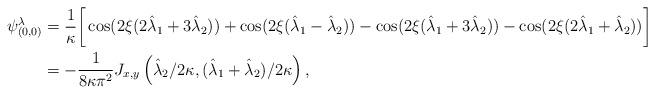
LaTeX: \begin{align*}\psi^{\lambda}_{(0,0)} & = \frac{1}{\kappa} \bigg[ \cos(2\xi(2\hat{\lambda}_1+3\hat{\lambda}_2)) + \cos(2\xi(\hat{\lambda}_1-\hat{\lambda}_2)) - \cos(2\xi(\hat{\lambda}_1+3\hat{\lambda}_2)) - \cos(2\xi(2\hat{\lambda}_1+\hat{\lambda}_2)) \bigg] \\& = - \frac{1}{8 \kappa \pi^2} J_{x,y} \left( \hat{\lambda}_2/2\kappa, (\hat{\lambda}_1+\hat{\lambda}_2)/2\kappa \right), \end{align*}